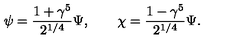
\psi = \frac { 1 + \gamma ^ { 5 } } { 2 ^ { 1 / 4 } } \Psi , \qquad \chi = \frac { 1 - \gamma ^ { 5 } } { 2 ^ { 1 / 4 } } \Psi .